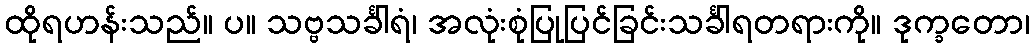
ထိုရဟန်းသည်။ ပ။ သဗ္ဗသင်္ခါရံ၊ အလုံးစုံပြုပြင်ခြင်းသင်္ခါရတရားကို။ ဒုက္ခတော၊